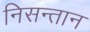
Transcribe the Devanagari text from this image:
निसन्तान